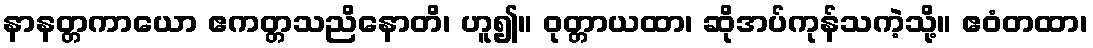
နာနတ္တကာယော ဧကတ္တသညိနောတိ၊ ဟူ၍။ ဝုတ္တာယထာ၊ ဆိုအပ်ကုန်သကဲ့သို့။ ဧဝံတထာ၊